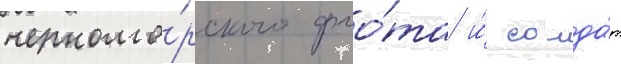
черномо́рского фло́та и́ солда́т